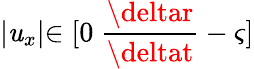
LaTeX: \lvert\mathit{u}_{x}\lvert\in[0\mathrm{{~}}\frac{{\deltar}}{{\deltat}}-\varsigma]